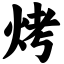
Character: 烤